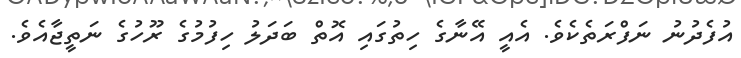
އުފެދުނު ނަފްރަތެކެވެ. އެއީ އޭނާގެ ހިތުގައި އޮތް ބަދަލު ހިފުމުގެ ރޫހުގެ ނަތީޖާއެވެ.